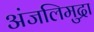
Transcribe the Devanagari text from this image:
अंजलिमुद्रा